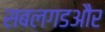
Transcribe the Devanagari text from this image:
सबलगडऔर